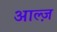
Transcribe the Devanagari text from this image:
आल्ज़